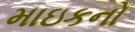
માઇકનો